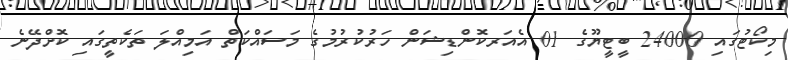
މިކޯޓުގައި 24000 ބީޓީޔޫގެ 01 އެއަރކޮންޑިޝަން ހަރުކުރުމުގެ މަސައްކަތް އަމިއްލަ ތަކެތީގައި ކޮށްދޭނެ